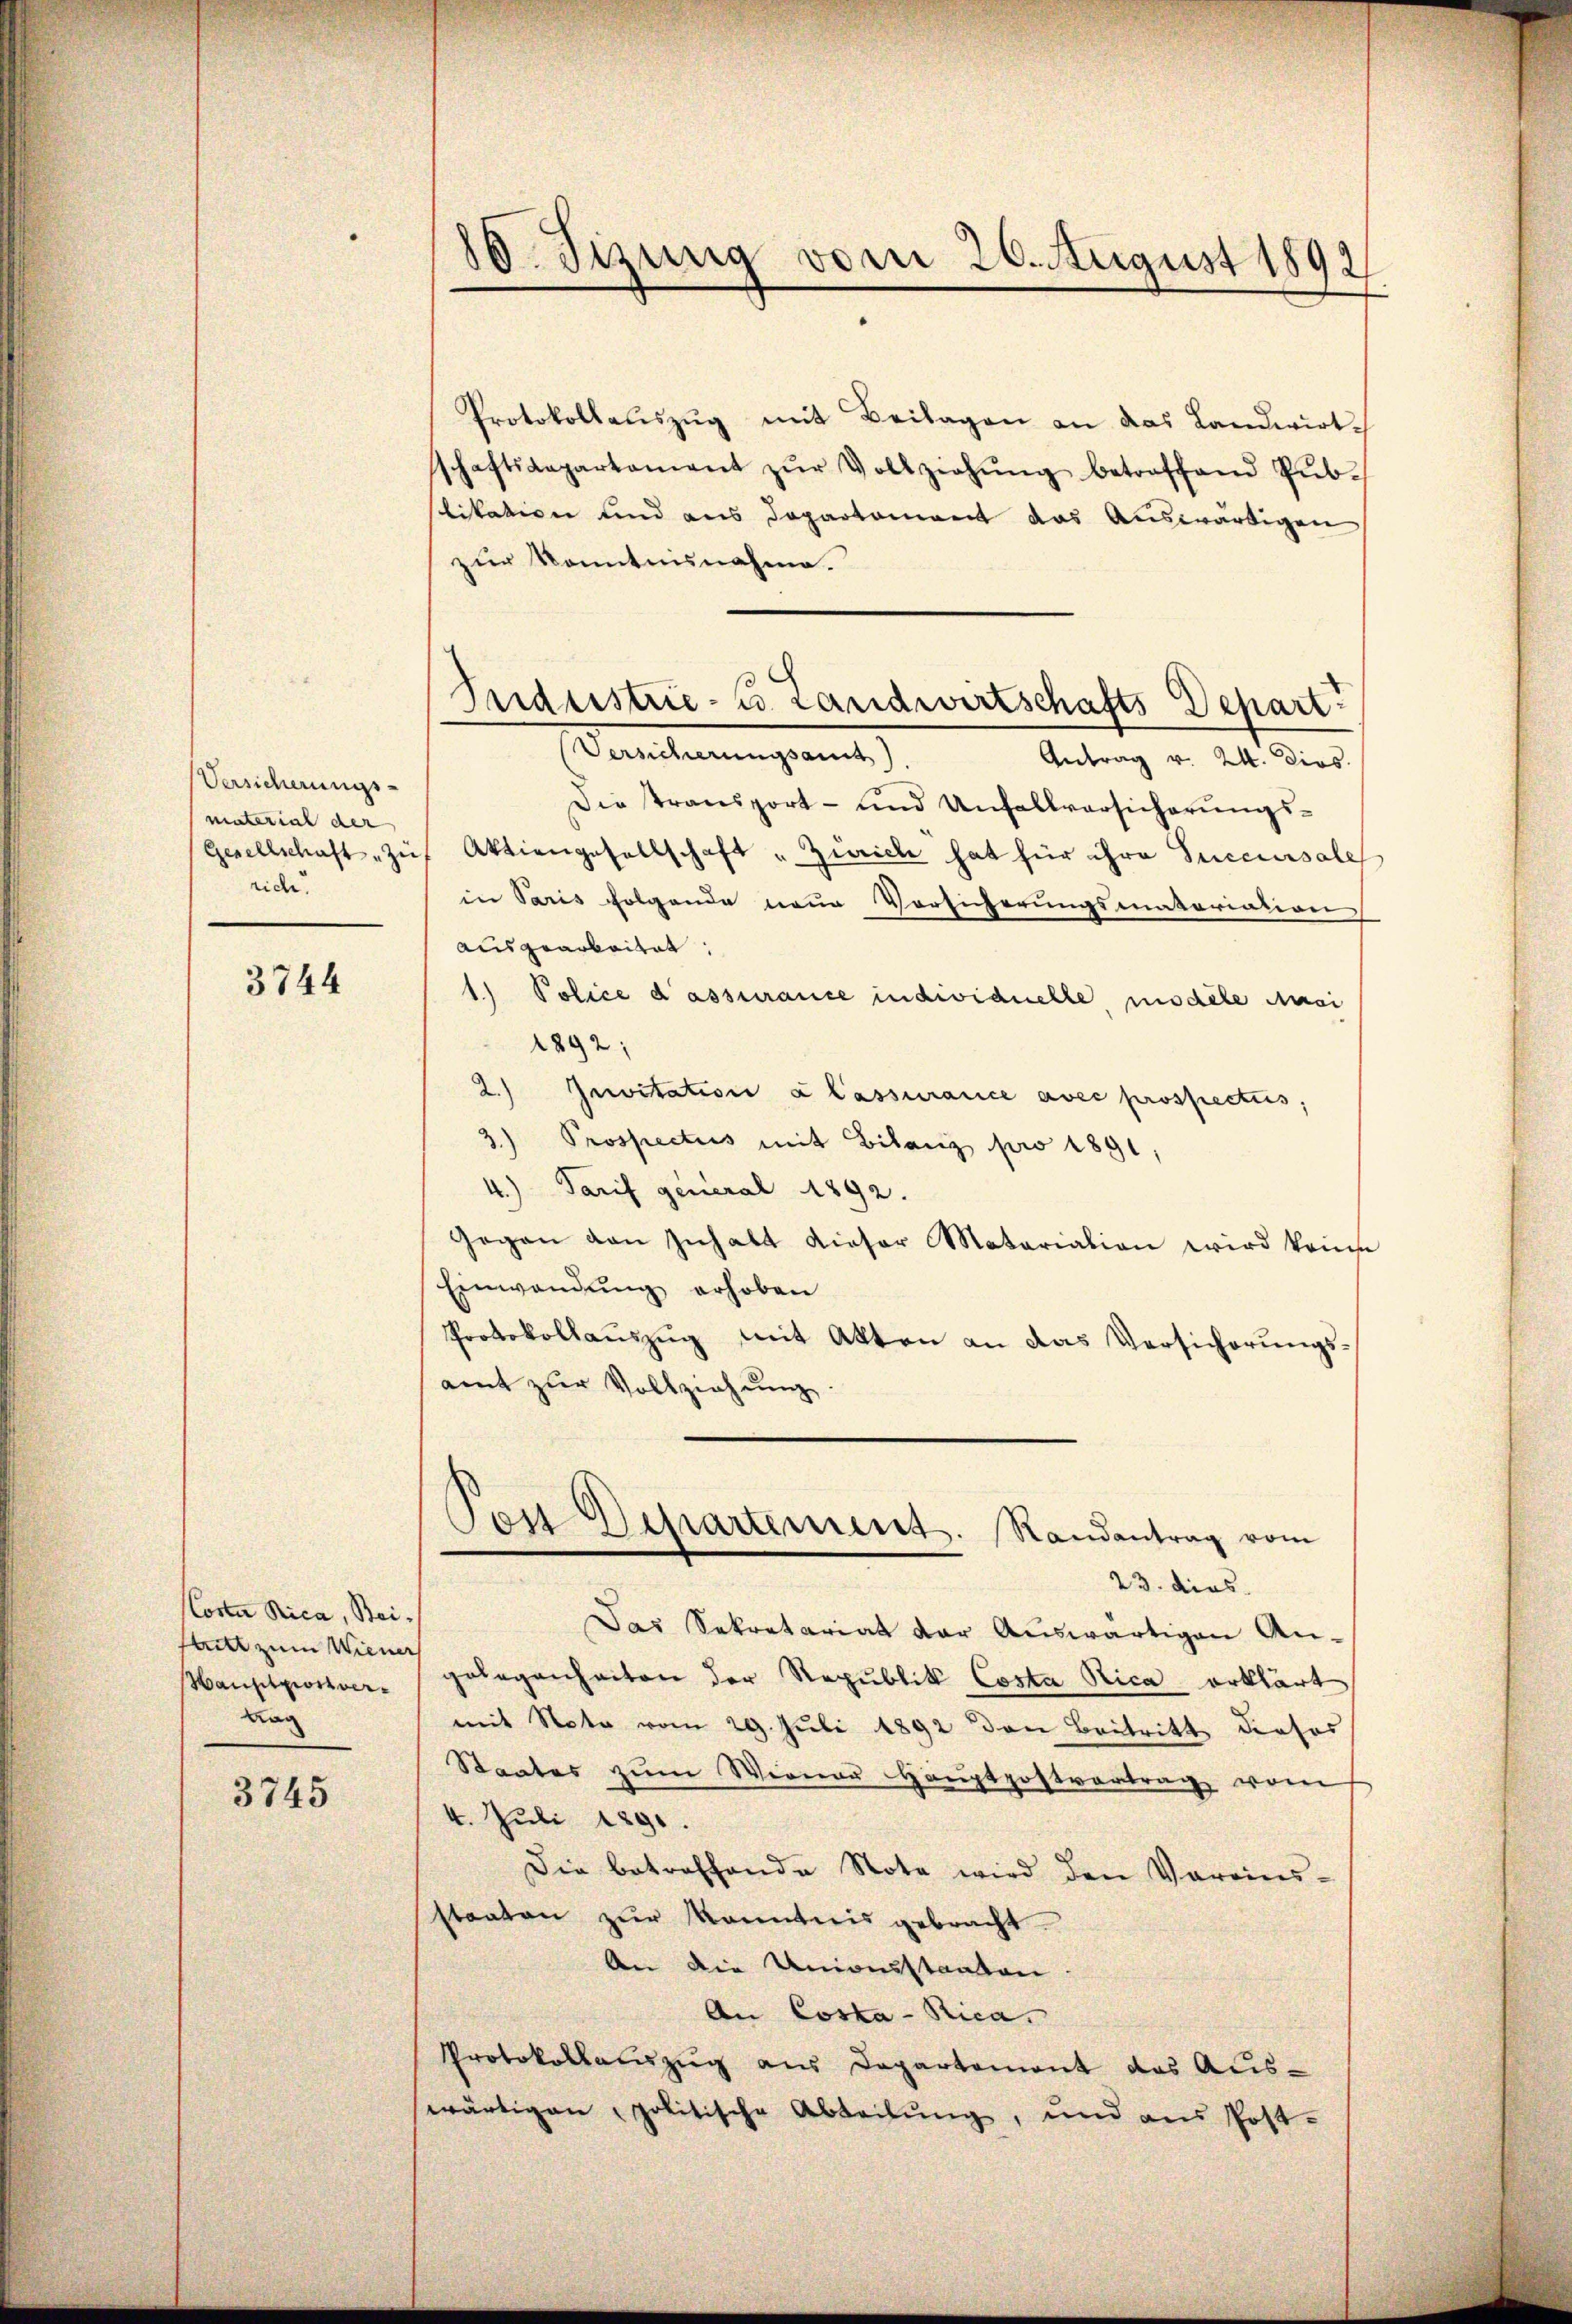
Versicherungsmaterial der
rich.

3744

Corte Rica, Bei-
stritt zum Wiener
Hauptpionsvertrag

3745

80. Jizung vom 26. August 1892

Protokollaŭszŭg mit Beilagen an das Landwirt-
schaftsaepartament zŭr Vollziehŭng betroffend Pub-
slikation und aus Departement das Auswärtigen
zur Kenntnisnahme.
Antrag v. 24. dies
Die transport- und Unfallversicherŭngs-
Gesellschaft zu Aktiengesellschaft „Zürich hat für ihre Succursale
in Paris folgende neue Vorsicherungsmatariation
ausgearbeitet:
1) Police d’assurance individuelle, modele Ansi
1892:
2.) Invitation a lassurance avec prospectus,
3.) Prospectus mit Bilanz pro 1891,
4.) Tarif general 1892.
Gegen den Inhalt dieser Matariation wird keine
Einwendung erhoben
Protokollauszug mit Akten an das Versicherungsamt zur Vollziehung.
s
Post Departement. Randantrag vom
23. dies
Das Sekretariat der Auswärtigen An-
gelegenheiten der Republik Costa Rica erklärt
mit Note vom 29. Juli 1892 den Beitritt dieser
Staates zŭm Wiener Haŭptpostvertrag vom
4. Juli 1890.
Die betreffende Note wird den Vereins-
staaten zur Kenntnis gebracht
An die Universtaaten.
An Coska-Rica.
Protokollauszug aus Departement das Aus-
wärtigen politische Abteilŭng, und aus Post-

Industrie- u. Landwirtschafts Depart.
Bauterungsant